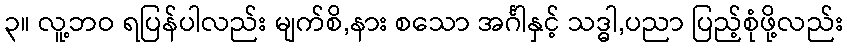
၃။ လူ့ဘဝ ရပြန်ပါလည်း မျက်စိ,နား စသော အင်္ဂါနှင့် သဒ္ဓါ,ပညာ ပြည့်စုံဖို့လည်း